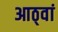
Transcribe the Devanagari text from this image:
आठ्वां